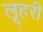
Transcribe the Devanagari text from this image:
लूहरी